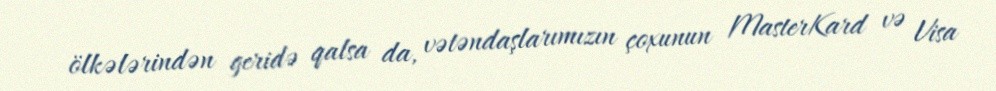
ölkələrindən geridə qalsa da, vətəndaşlarımızın çoxunun MasterKard və Visa